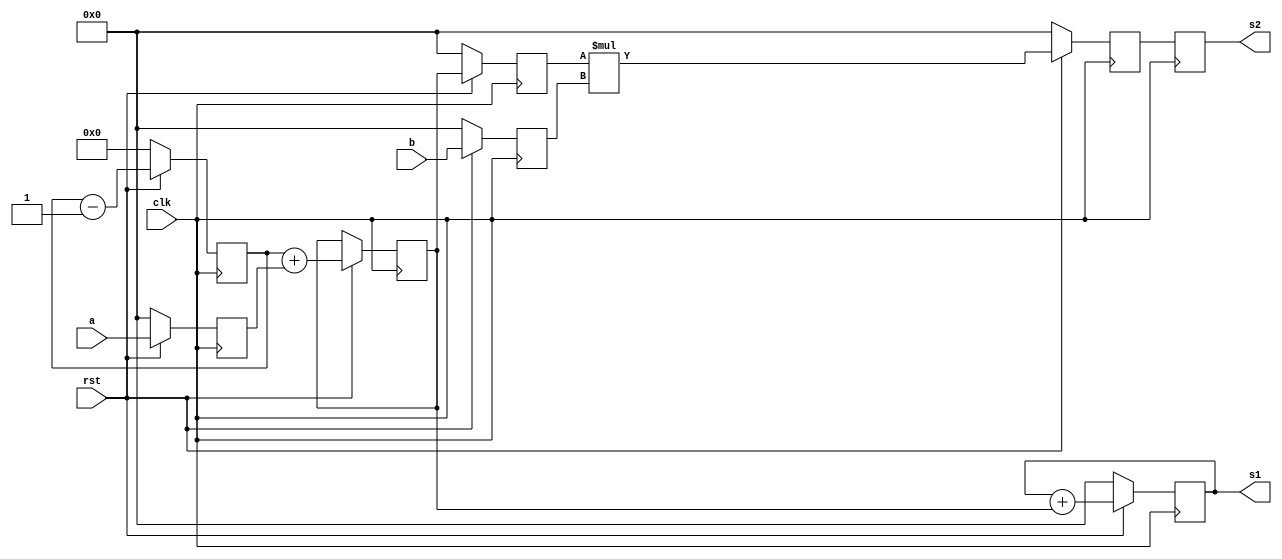
module design2(input [7:0] a,b, input clk,rst, output reg [7:0] s1,s2);

reg [7:0] din1;                  //variable
reg [5:0] c;                     //couter
reg [7:0] r1,r2,r3,r4,r5;        //five 8-bit reg
reg [15:0] r6;			 //one 16-bit reg


always @(posedge clk)                 
	if ( rst==0 )
	  begin
	  c<=6'b000000;
	  r1<=0;
	  end
	else
	  begin
	   c<=c-1;
	   r1<=a;
	   din1<=c+r1;
	  end
          
 
always @(posedge clk)
 // begin
	if ( rst==0 )
	  begin
	  s1<=0;
	  r2<=0;
	  r3<=0;
	  end
	 else
	   begin
	     s1<=s1+din1;
	     r2<=s1;
	     r3<=r2;
           end
 // end
	  
always @(posedge clk)
 // begin 
	if ( rst==0 )
	  begin
	  r4<=0;
	  r5<=0;
	  end
	else
	  begin
	  r4<=din1;
	  r5<=b;
	  end
 // end

always @(posedge clk)
  begin
	if ( rst==0 )
	  r6<=0;
	else
	 // begin
	  r6<=r4*r5;
	  s2=r6;
  	 // end
  end

endmodule
module test_d2;

reg [7:0] a, b;
wire [7:0] s1;
wire [15:0] s2;
reg rst, clk;

design2 d1(.a(a), .b(b), .clk(clk), .rst(rst), .s1(s1), .s2(s2));

initial
	begin
	a = 5;
	b = 7;
	clk = 0;
	rst = 0;
	#10 rst = 1;
	#1000 $stop;
	end


always #5 clk = ~clk;

endmodule